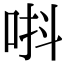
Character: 唞